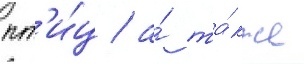
пт'и́ц / а́ та́кже